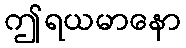
ဤရယမာနော